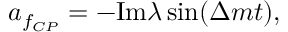
a _ { f _ { C P } } = - \mathrm { I m } \lambda \sin ( \Delta m t ) ,